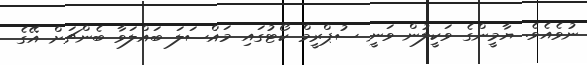
ނުވެއެވެ. ޔާމީންގެ ވަކީލުން ވަނީ ސުޕްރީމް ކޯޓުގައި މައްސަލަ ބައްލަވާ ބެންޗަށް އޭގެ